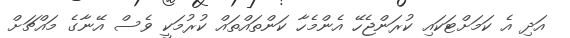
އަދި އެ ކަމަށްޓަކައި ކުރަންޖެހޭ އެންމެހާ ކަންތައްތައް ކުރުމަކީ ވެސް އޭނާގެ މައްޗަށް